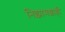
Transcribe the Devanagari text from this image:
निझामशाही